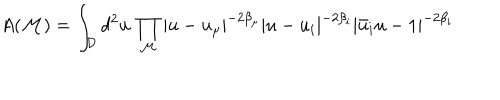
A ( { \cal M } ) = \int _ { \cal D } d ^ { 2 } u \, \prod _ { { \cal M } } | u - u _ { \mu } | ^ { - 2 \beta _ { \mu } } | u - u _ { i } | ^ { - 2 \beta _ { i } } | \bar { u } _ { i } u - 1 | ^ { - 2 \beta _ { i } }